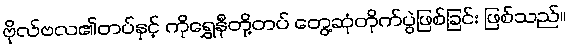
ဗိုလ်ဗလ၏တပ်နှင့် ကိုရွှေနီတို့တပ် တွေ့ဆုံတိုက်ပွဲဖြစ်ခြင်း ဖြစ်သည်။